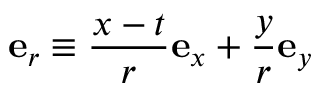
\mathbf { e } _ { r } \equiv \frac { x - t } { r } \mathbf { e } _ { x } + \frac { y } { r } \mathbf { e } _ { y }